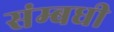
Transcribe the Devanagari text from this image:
संम्बधी